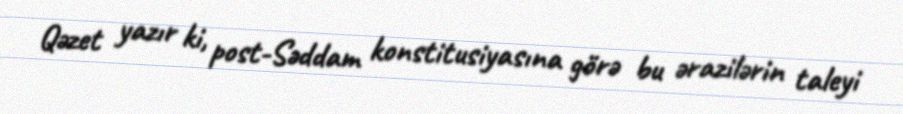
Qəzet yazır ki, post-Səddam konstitusiyasına görə bu ərazilərin taleyi